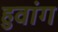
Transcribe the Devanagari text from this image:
हुवांग